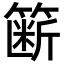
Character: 簖